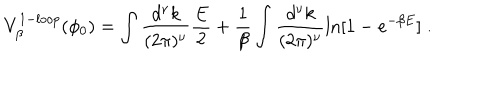
V _ { \beta } ^ { 1 - l o o p } ( \phi _ { 0 } ) = \int \frac { d ^ { \nu } k } { ( 2 \pi ) ^ { \nu } } { \frac { E } { 2 } } + { \frac { 1 } { \beta } } \int \frac { d ^ { \nu } k } { ( 2 \pi ) ^ { \nu } } \ln [ 1 - e ^ { - \beta E } ] \; .